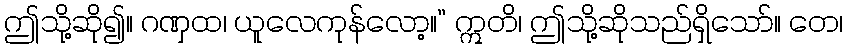
ဤသို့ဆို၍။ ဂဏှထ၊ ယူလေကုန်လော့။” ဣတိ၊ ဤသို့ဆိုသည်ရှိသော်။ တေ၊